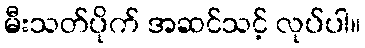
မီးသတ်ပိုက် အဆင်သင့် လုပ်ပါ။